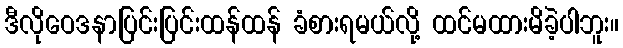
ဒီလိုဝေဒနာပြင်းပြင်းထန်ထန် ခံစားရမယ်လို့ ထင်မထားမိခဲ့ပါဘူး။